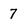
Character: 7